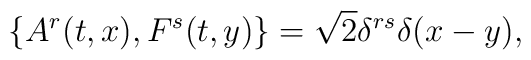
\big\{A^r(t,x),F^s(t,y)\big\}= \sqrt2\delta^{rs}\delta(x-y),